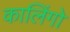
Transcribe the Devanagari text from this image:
कालिंगो